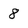
Character: 8